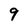
Character: 9